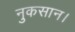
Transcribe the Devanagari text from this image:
नुकसान।